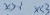
x > 1 x < 3